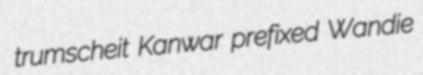
trumscheit Kanwar prefixed Wandie